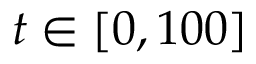
t \in [ 0 , 1 0 0 ]